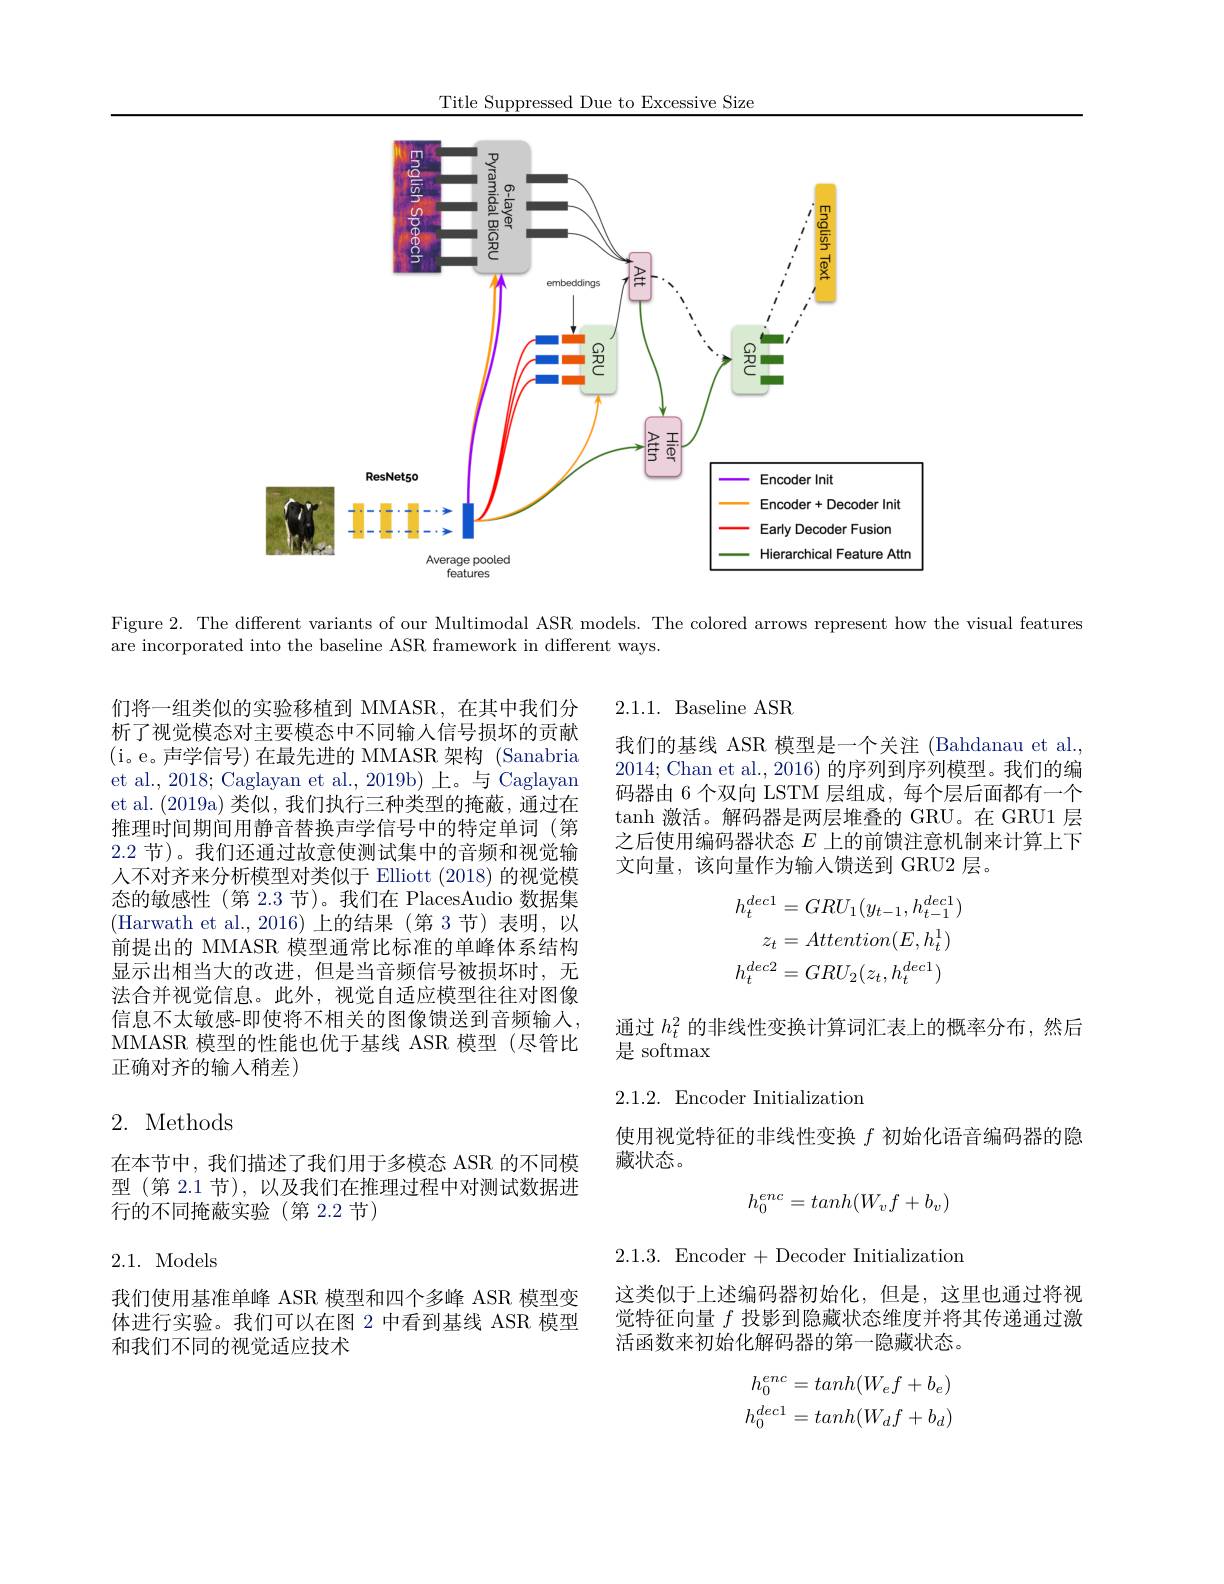
Title Suppressed Due to Excessive Size

<FigureHere>

Figure 2. The different variants of our Multimodal ASR models. The colored arrows represent how the visual features
are incorporated into the baseline ASR framework in different ways.

2.1.1.Baseline ASR
我们的基线 ASR 模型是一个关注 (Bahdanau et al., 2014; Chan et al., 2016) 的序列到序列模型。我们的编码器由 6 个双向 LSTM 层组成，每个层后面都有一个$\tanh$激活。解码器是两层堆叠的 GRU。在 GRU1 层之后使用编码器状态$E$上的前馈注意机制来计算上下文向量，该向量作为输入馈送到 GRU2 层。

们将一组类似的实验移植到 MMASR, 在其中我们分析了视觉模态对主要模态中不同输入信号损坏的贡献(i。e。声学信号)在最先进的 MMASR 架构 (Sanabria et al., 2018; Caglayan et al., 2019b) 上。与 Caglayan et al. (2019a) 类似，我们执行三种类型的掩蔽，通过在推理时间期间用静音替换声学信号中的特定单词(第2.2 节)。我们还通过故意使测试集中的音频和视觉输人不对齐来分析模型对类似于 Elliott (2018) 的视觉模态的敏感性(第 2.3 节)。我们在 PlacesAudio 数据集(Harwath et al., 2016)上的结果(第3节)表明，以前提出的 MMASR 模型通常比标准的单峰体系结构显示出相当大的改进，但是当音频信号被损坏时，无法合并视觉信息。此外，视觉自适应模型往往对图像信息不太敏感-即使将不相关的图像馈送到音频输人， MMASR 模型的性能也优于基线 ASR 模型 (尽管比正确对齐的输入稍差)
$$\begin{aligned}h_{t}^{dec1}&=GRU_{1}(y_{t-1},h_{t-1}^{dec1})\\z_{t}&=Attention(E,h_{t}^{1})\\h_{t}^{dec2}&=GRU_{2}(z_{t},h_{t}^{dec1})\end{aligned}$$
通过$h_t^2$的非线性变换计算词汇表上的概率分布，然后
是 softmax

2.1.2.Encoder Initialization

# 2. Methods

使用视觉特征的非线性变换$f$初始化语音编码器的隐
藏状态。

在本节中，我们描述了我们用于多模态 ASR 的不同模型 (第 2.1 节), 以及我们在推理过程中对测试数据进行的不同掩蔽实验(第 2.2 节)
$$h_0^{enc}=tanh(W_vf+b_v)$$
2.1.3. Encoder +Decoder Initialization

2.1. Models

这类似于上述编码器初始化，但是，这里也通过将视觉特征向量$f$投影到隐藏状态维度并将其传递通过激活函数来初始化解码器的第一隐藏状态。

我们使用基准单峰 ASR 模型和四个多峰 ASR 模型变体进行实验。我们可以在图 2 中看到基线 ASR 模型和我们不同的视觉适应技术
$$\begin{aligned}h_0^{enc}&=tanh(W_ef+b_e)\\h_0^{dec1}&=tanh(W_df+b_d)\end{aligned}$$